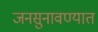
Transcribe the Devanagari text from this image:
जनसुनावण्यात